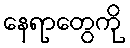
နေရာတွေကို